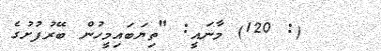
(: 120) މާނައީ: "ތިޔަބައިމީހުން ބޭރުފުށުގެ